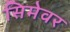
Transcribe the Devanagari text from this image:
सिमेवर